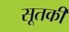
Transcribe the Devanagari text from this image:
सूतकी